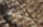
لنفكر